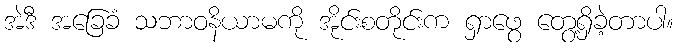
အဲဒီ အခြေခံ သဘာဝနိယာမကို အိုင်းစတိုင်းက ရှာဖွေ တွေ့ရှိခဲ့တာပါ။